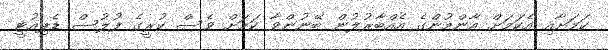
ކަމަށާއި އެކަމަށް އާންމުންގެ އެއްބާރުލުން ބޭނުންވާ ކަމަށް ވެސް ކުރީގެ ފުލުސް ޑެޕިއުޓީ